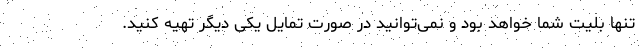
تنها بلیت شما خواهد بود و نمی‌توانید در صورت تمایل یکی دیگر تهیه کنید.